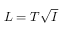
L = T \sqrt { I }